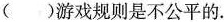
( )游戏规则是不公平的.